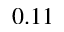
0 . 1 1